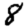
Digit: 8